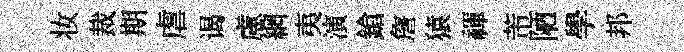
妆裁期虐谒慮網夷演鎗詹猿禈芾陋學邦